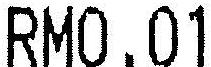
RM0.01